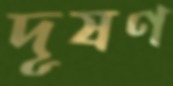
দূষণ